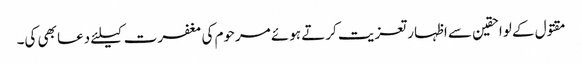
مقتول کے لواحقین سے اظہار تعزیت کرتے ہوئے مرحوم کی مغفرت کیلئے دعا بھی کی۔